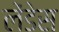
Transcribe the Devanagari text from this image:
लेंडेस